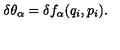
\delta \theta _ { \alpha } = \delta f _ { \alpha } ( q _ { i } , p _ { i } ) .